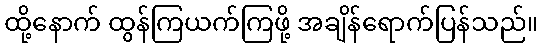
ထို့နောက် ထွန်ကြယက်ကြဖို့ အချိန်ရောက်ပြန်သည်။